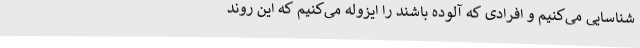
شناسایی می‌کنیم و افرادی که آلوده باشند را ایزوله می‌کنیم که این روند